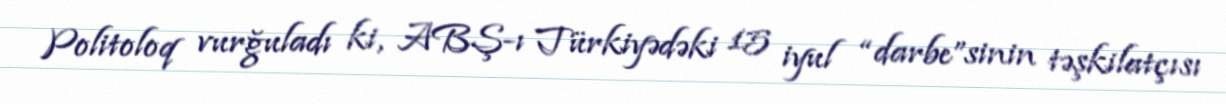
Politoloq vurğuladı ki, ABŞ-ı Türkiyədəki 15 iyul “darbe”sinin təşkilatçısı